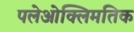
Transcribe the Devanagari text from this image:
पलेओक्लिमतिक